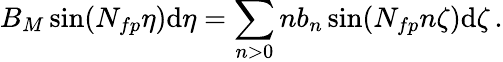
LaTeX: B_{M}\sin(N_{fp}\eta)\mathrm{d}\eta=\sum_{n>0}n{b_{n}}\sin(N_{fp}n\zeta)\mathrm{d}\zeta\, .